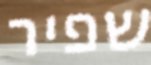
שפיר